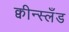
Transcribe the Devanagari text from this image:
क्वीन्स्लँड